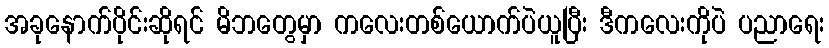
အခုနောက်ပိုင်းဆိုရင် မိဘတွေမှာ ကလေးတစ်ယောက်ပဲယူပြီး ဒီကလေးကိုပဲ ပညာရေး